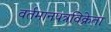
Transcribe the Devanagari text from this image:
वर्तमानपत्रविक्रेता